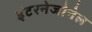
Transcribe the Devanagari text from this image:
इंटरनेजोनेल